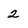
Character: 2